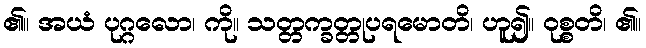
၏။ အယံ ပုဂ္ဂလော၊ ကို။ သတ္တက္ခတ္တုပရမောတိ၊ ဟူ၍။ ဝုစ္စတိ၊ ၏။